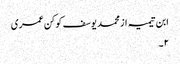
ابن تیمیہ از محمد یوسف کوکن عمری
٢۔